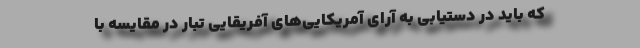
که باید در دستیابی به آرای آمریکایی‌های آفریقایی تبار در مقایسه با